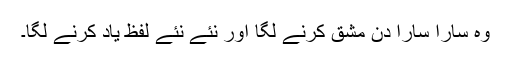
وہ سارا سارا دن مشق کرنے لگا اور نئے نئے لفظ یاد کرنے لگا۔